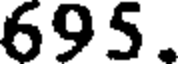
695.